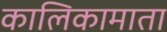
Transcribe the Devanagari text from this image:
कालिकामाता